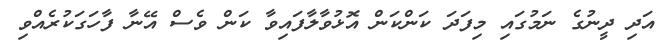
އަދި ދީނުގެ ނަމުގައި މިފަދަ ކަންކަން އޮޅުވާލާފައިވާ ކަން ވެސް އޭނާ ފާހަގަކުރެއްވި